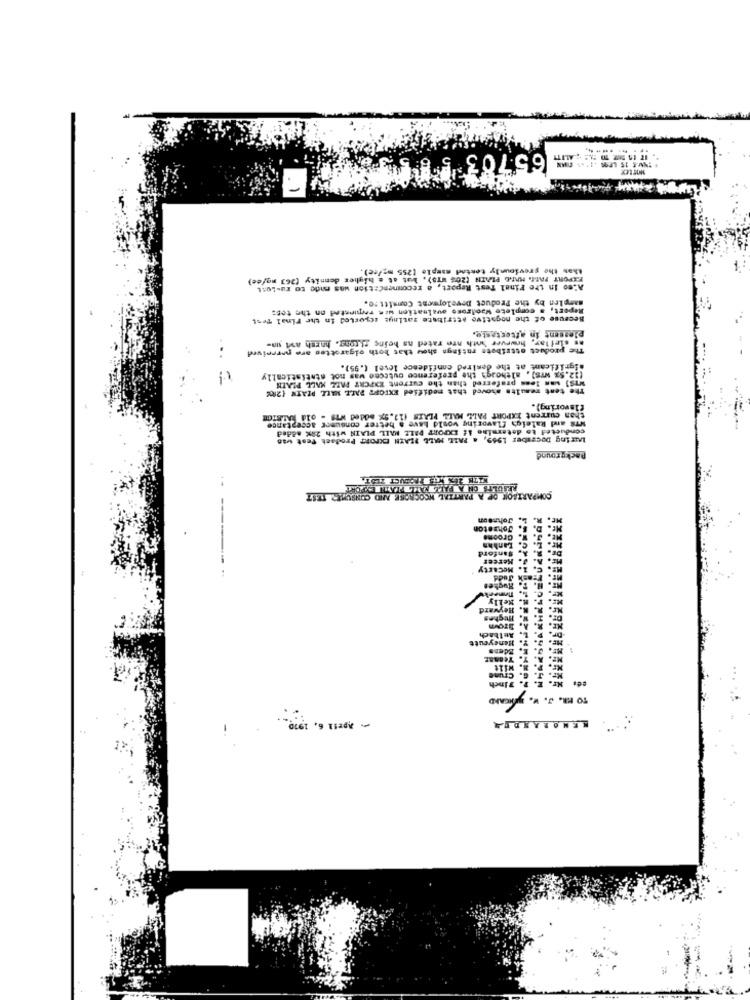
65703 5 8
thaw the previously testad sample [255 mg/ce).
PLAIN (20% WTS), but at a higher dennity (263 mg/ce)
Also In the Final Test Report, a recommendation was made to ru-Lest
samplen by the Product Development Comitt:0.
Report, a complete Woodrose ovaluation was requested on the tes:
Because of the negative attribute ratings scported in the Final Test
plessent in aftertaste.
The product attribete ratings show that both oigarottes are perceived
as sletlay, however both are rated na heins si tong, harsh avt un-
significant at the desired confidence level (.95).
(12.5% wrs), although the preference outccee was not statistically
The test results shoved that medified EXTORT PALL MALL PIATH (20
ws] wan less preferred than the current XXPCRT PALL MALL PLAIN
flavoring).
than current EXPORT PALL MALL PLAIS (12.9X added Wis - old KALSICH
w78 and Raleigh flavoring would have a better consumer acceptance
conducted to determine if EXPORT PALL MALL PLAIN with 29% added
Luring Docsaber 1969, a PALL MALL PLAIN EXPORT Prodack Test wan
Background
NID CONSUMER TEST
COMPARISON
Johneog
Johnet
Groome
Mccarty
-------
. Hughe
R. Kelly
R. N. Heyward
Mr.
z. w. Hughes
Dr.
ME. R.
,An Ikach
Edens
Honeycutt
wilt
Mr. J. C. CTune
Finch
TO HR. J. W. JAGAND
+ April 6. 1970